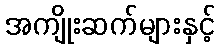
အကျိုးဆက်များနှင့်